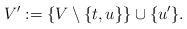
LaTeX: \begin{align*}V' := \{V \setminus \{t, u\} \} \cup \{ u' \}.\end{align*}